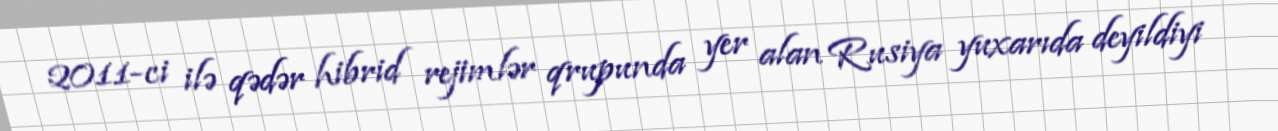
2011-ci ilə qədər hibrid rejimlər qrupunda yer alan Rusiya yuxarıda deyildiyi